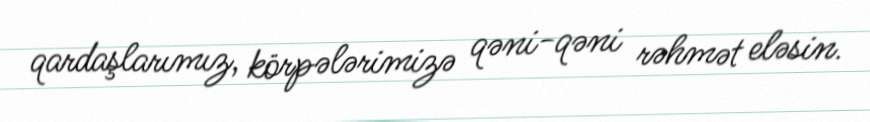
qardaşlarımız, körpələrimizə qəni-qəni rəhmət eləsin.